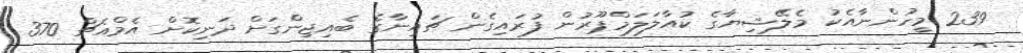
239 މީހުންނާއެކު މެލޭޝިޔާގެ ކުއާލަލަމްޕޫރުން ފުރައިގެން ޗައިނާގެ ބެއިޖިންގަށް ދަނިކޮށް އެމްއެޗް 370